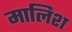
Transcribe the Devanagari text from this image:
मालिश्‍ा